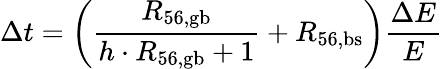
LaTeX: \Delta t=\left(\frac{R_{\mathrm{56,gb}}}{h\cdot R_{\mathrm{56,gb}}+1}+R_{\mathrm{56,bs}}\right)\frac{\Delta E}{E}